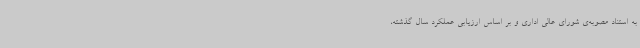
به استناد مصوبه‌ی شورای عالی اداری و بر اساس ارزیابی عملکرد سال گذشته،